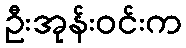
ဦးအုန်းဝင်းက